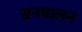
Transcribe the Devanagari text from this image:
सनचालन